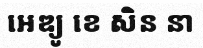
អេឌ្យូ ខេ សិន នា